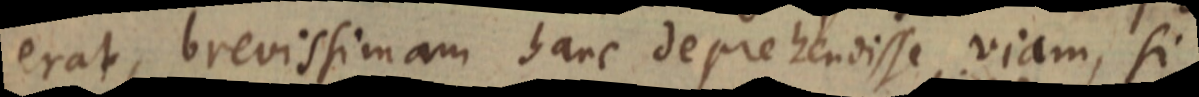
erat, brevissimam hanc deprehendisse viam, si